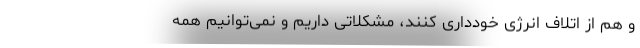
و هم از اتلاف انرژی خودداری کنند، مشکلاتی داریم و نمی‌توانیم همه